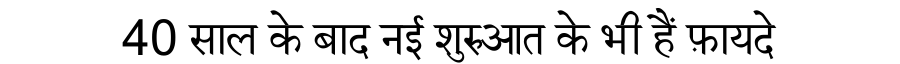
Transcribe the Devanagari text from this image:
40 साल के बाद नई शुरुआत के भी हैं फ़ायदे